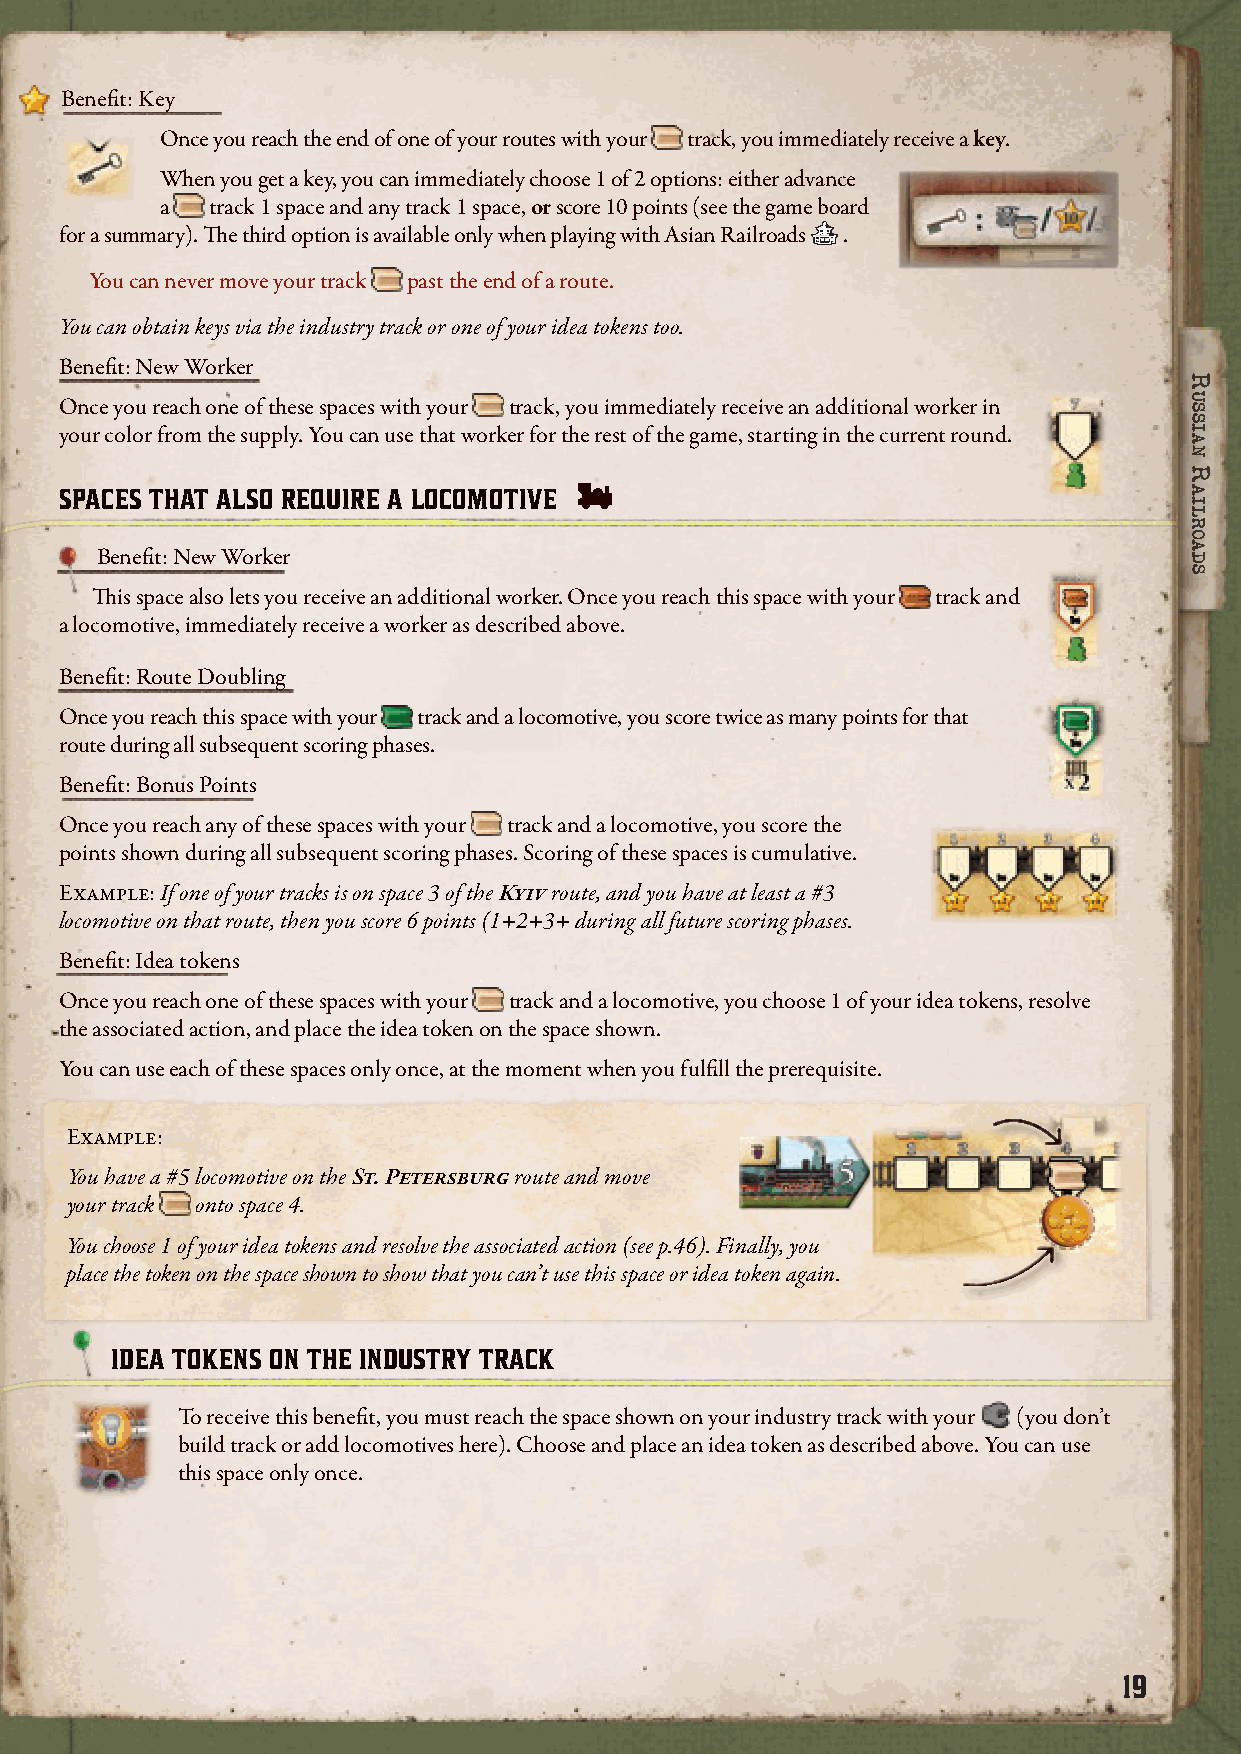
Benefit: Key
 Once you reach the end of one of your routes with your track, you immediately receive a key.
 We will now take a look at the player board in more detail.
 When you get a key, you can immediately choose 1 of 2 options: either advance
 a  track 1 space and any track 1 space, or score 10 points (see the game board
 for a summary). The third option is available only when playing with Asian Railroads .
 You can never move your track past the end of a route.
 You can obtain keys via the industry track or one of your idea tokens too.
 Benefit: New Worker
 Once you reach one of these spaces with your track, you immediately receive an additional worker in
 your color from the supply. You can use that worker for the rest of the game, starting in the current round.
 SPACES THAT ALSO REQUIRE A LOCOMOTIVE
 Benefit: New Worker
 This space also lets you receive an additional worker. Once you reach this space with your track and
 a locomotive, immediately receive a worker as described above.
 Benefit: Route Doubling
 Once you reach this space with your track and a locomotive, you score twice as many points for that
 route during all subsequent scoring phases.
 Benefit: Bonus Points
 Once you reach any of these spaces with your track and a locomotive, you score the
 points shown during all subsequent scoring phases. Scoring of these spaces is cumulative.
 Example: If one of your tracks is on space 3 of the Kyiv route, and you have at least a #3
 THE SPECIAL SPACES ON YOUR PLAYER BOARD
 locomotive on that route, then you score 6 points (1+2+3+ during all future scoring phases.
 Various special spaces along the routes on your player board give you benefits when you reach them. In the base game, Benefit: Idea tokens
 these are the spaces marked with in the diagram above, which we will now explain.
 Once you reach one of these spaces with your track and a locomotive, you choose 1 of your idea tokens, resolve
 General: To receive a benefit, you must have reach the the associated action, and place the idea token on the space shown.
 space with a track. If no track color is shown, then you
 You can use each of these spaces only once, at the moment when you fulfill the prerequisite.
 receive the benefit as soon as you reach the space with your
 track. In other words, nothing ever happens until track is
 Example:
 built on the space.
 In some cases, you also need to be able to reach the space You have a #5 locomotive on the St. Petersburg route and move
 with your locomotive, and in other cases this is not your track onto space 4.
 necessary. This is referred to as the prerequisite.
 You choose 1 of your idea tokens and resolve the associated action (see p.46). Finally, you
 place the token on the space shown to show that you can’t use this space or idea token again.
 The prerequisite remains fulfilled even when you upgrade the
 space with another track color.
 IDEA TOKENS ON THE INDUSTRY TRACK
 SPACES THAT DO NOT REQUIRE A LOCOMOTIVE
 To receive this benefit, you must reach the space shown on your industry track with your (you don’t
 Benefit: New Tracks
 build track or add locomotives here). Choose and place an idea token as described above. You can use
 Once you reach these spaces, this space only once.
 you gain access to new tracks,
 as described on p.8.
 19
 RRuussssiiaann
 RRaaiillRRooaaddss